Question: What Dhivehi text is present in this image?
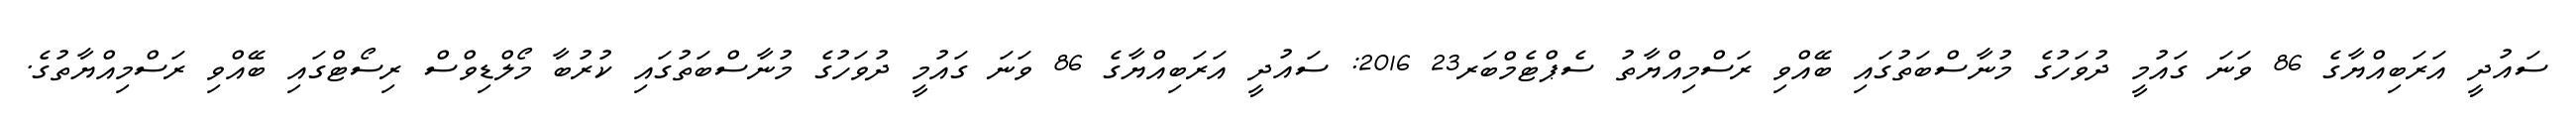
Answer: ސައުދީ އަރަބިއްޔާގެ 86 ވަނަ ގައުމީ ދުވަހުގެ މުނާސްބަތުގައި ބޭއްވި ރަސްމިއްޔާތު ސެޕްޓެމްބަރ23 2016: ސައުދީ އަރަބިއްޔާގެ 86 ވަނަ ގައުމީ ދުވަހުގެ މުނާސްބަތުގައި ކުރުބާ މޯލްޑިވްސް ރިސޯޓްގައި ބޭއްވި ރަސްމިއްޔާތުގެ.